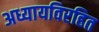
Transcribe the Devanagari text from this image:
अध्यायविरहित